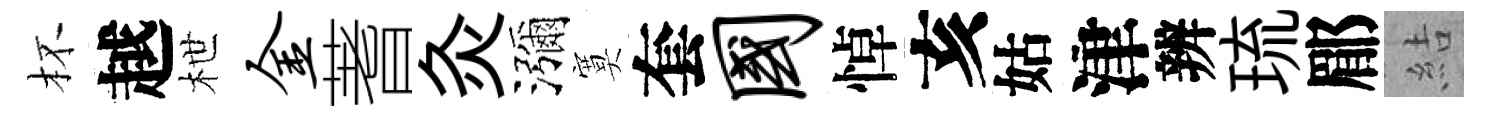
杯越枻金蓍灸瀰寞套国悼亥姑津辨琉郿結